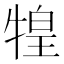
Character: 𤚝